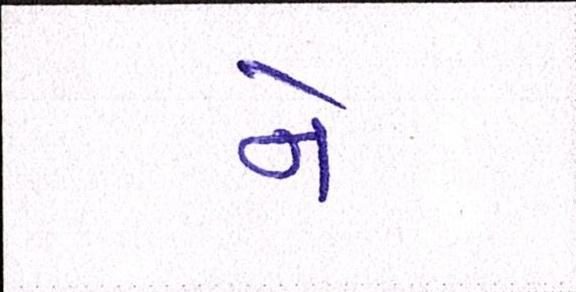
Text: ને